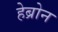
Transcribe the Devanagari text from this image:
हेब्रोन